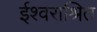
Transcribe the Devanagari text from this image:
ईश्वराश्रित